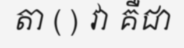
តា ( ) វា គឺជា